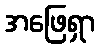
အဖြေရှာ